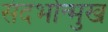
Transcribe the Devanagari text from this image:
संदर्भोन्मुख